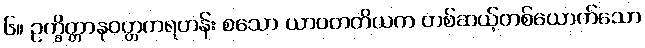
၆။ ဥက္ခိတ္တာနုဝတ္တကရဟန်း စသော ယာဝတတိယက တစ်ဆယ့်တစ်ယောက်သော